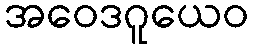
အဝေဒဂူယေဝ